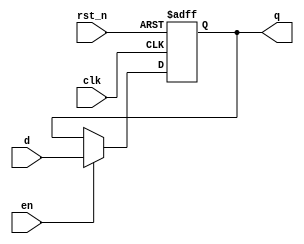
module flopenr#(parameter width =8)(
input wire clk, rst_n,en, 
input wire  [width -1:0] d, 
output reg [width -1:0] q );

always @(posedge clk or negedge rst_n)
if (!rst_n) q <= 0;
else if(en) q <= d;

endmodule